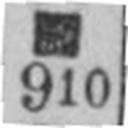
910